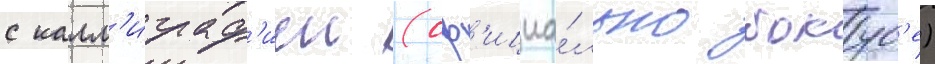
с калл'играф'иеи (оф'ициа́льно бокус'е)